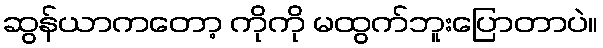
ဆွန်ယာကတော့ ကိုကို မထွက်ဘူးပြောတာပဲ။